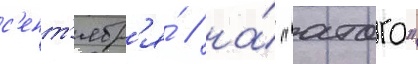
с'ент'ябр'я́ / на́ "атаго"